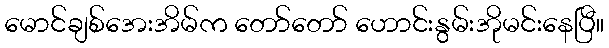
မောင်ချစ်အေးအိမ်က တော်တော် ဟောင်းနွမ်းအိုမင်းနေပြီ။